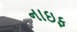
નાઇફ